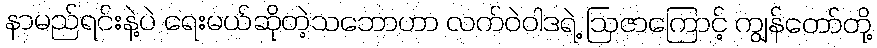
နာမည်ရင်းနဲ့ပဲ ရေးမယ်ဆိုတဲ့သဘောဟာ လက်ဝဲဝါဒရဲ့ ဩဇာကြောင့် ကျွန်တော်တို့